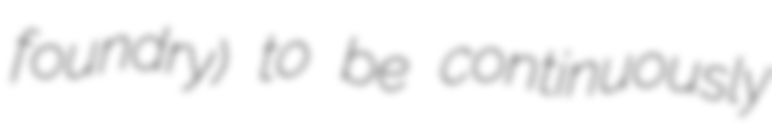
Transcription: foundry) to be continuously